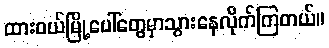
ထားဝယ်မြို့ပေါ်တွေမှာသွားနေလိုက်ကြတယ်။